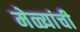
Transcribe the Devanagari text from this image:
मेळ्यांची